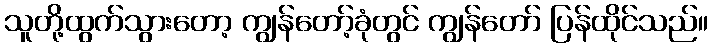
သူတို့ထွက်သွားတော့ ကျွန်တော့်ခုံတွင် ကျွန်တော် ပြန်ထိုင်သည်။